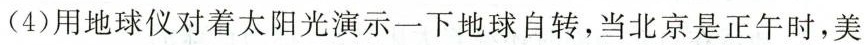
(4)用地球仪对着太阳光演示一下地球自转，当北京是正午时，美